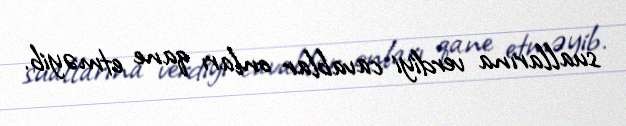
suallarına verdiyi cavablar onları qane etməyib.